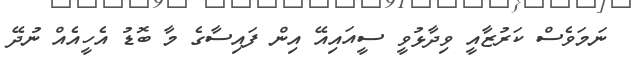
ނަމަވެސް ކަރުޒާއީ ވިދާޅުވީ ސީއައިއޭ އިން ފައިސާގެ މާ ބޮޑު އެހީއެއް ނުދޭ